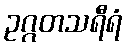
ဥဂ္ဂတသရီရံ